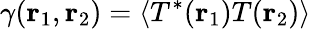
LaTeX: \gamma({\mathbf{r}}_{1},{\mathbf{r}}_{2})=\langle T^{*}({\mathbf{r}}_{1})T({\mathbf{r}}_{2})\rangle